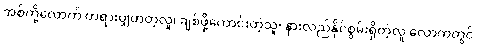
အစ်ကို့လောက် တရားမျှတတဲ့လူ၊ ချစ်ဖို့ကောင်းတဲ့သူ၊ နားလည်နိုင်စွမ်းရှိတဲ့လူ လောကတွင်